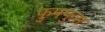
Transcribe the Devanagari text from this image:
फुफ्‍फुस